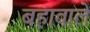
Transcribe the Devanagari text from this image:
बहावाले